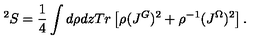
^ 2 S = \frac { 1 } { 4 } \int d \rho d z T r \left[ \rho ( J ^ { G } ) ^ { 2 } + \rho ^ { - 1 } ( J ^ { \Omega } ) ^ { 2 } \right] .